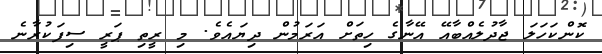
ކޮންކަހަލަ ޖާދުލެއްބާއޭ އޭނާގެ ހިތަށް އަރަމުން ދިޔައެވެ. މި ރީތި ޕަރީ ސިފަކުރާނެ